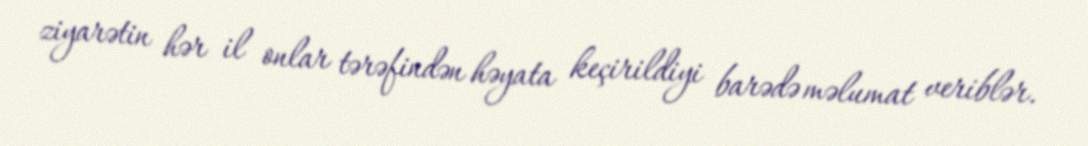
ziyarətin hər il onlar tərəfindən həyata keçirildiyi barədə məlumat veriblər.